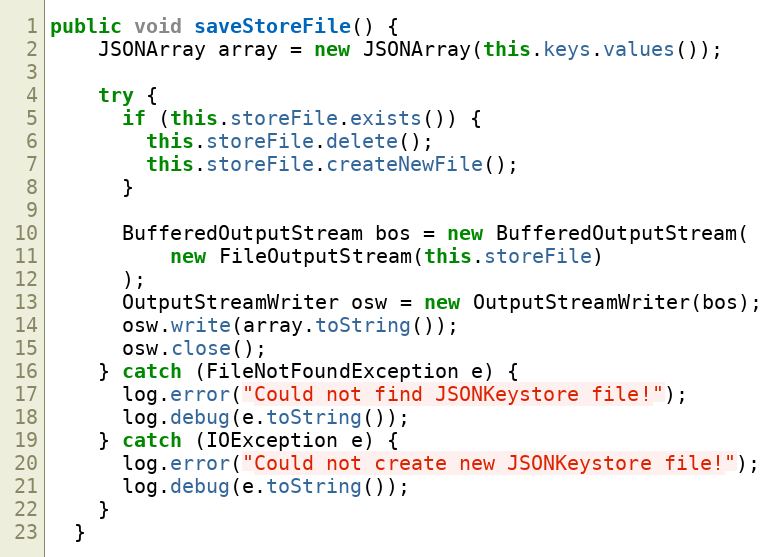
Language: Java
public void saveStoreFile() {
    JSONArray array = new JSONArray(this.keys.values());

    try {
      if (this.storeFile.exists()) {
        this.storeFile.delete();
        this.storeFile.createNewFile();
      }

      BufferedOutputStream bos = new BufferedOutputStream(
          new FileOutputStream(this.storeFile)
      );
      OutputStreamWriter osw = new OutputStreamWriter(bos);
      osw.write(array.toString());
      osw.close();
    } catch (FileNotFoundException e) {
      log.error("Could not find JSONKeystore file!");
      log.debug(e.toString());
    } catch (IOException e) {
      log.error("Could not create new JSONKeystore file!");
      log.debug(e.toString());
    }
  }